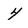
Character: 4